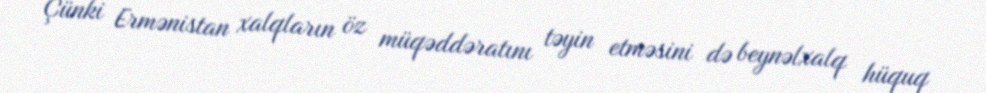
Çünki Ermənistan xalqların öz müqəddəratını təyin etməsini də beynəlxalq hüquq